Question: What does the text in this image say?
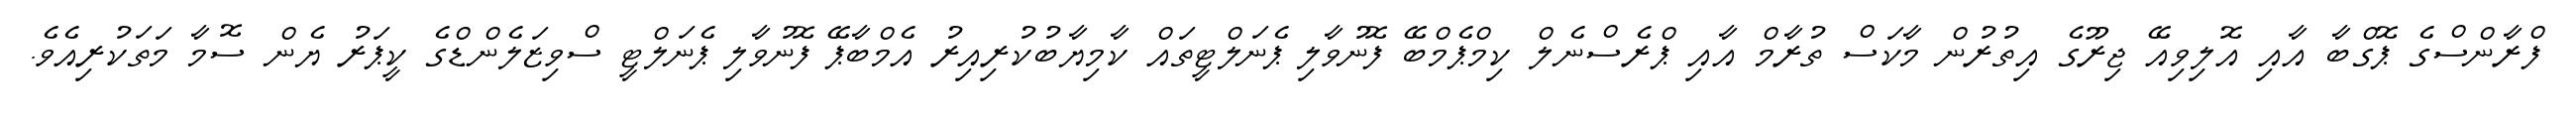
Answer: ފްރާންސްގެ ޕޮގްބާ އާއި އޮލިވިއޭ ޖިރޫގެ އިތުރުން މާކަސް ތުރާމް އާއި ޕްރެސްނެލް ކިމްޕެމްބޭ ފޮނުވާލި ޕެނަލްޓީތައް ކާމިޔާބުކުރިއިރު އެމްބާޕޭ ފޮނުވާލި ޕެނަލްޓީ ސްވިޒަލެންޑްގެ ކީޕަރު ޔެން ސޮމާ މަތަކުރިއެވެ.